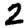
Digit: 2